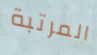
المرتبة